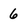
Character: 6